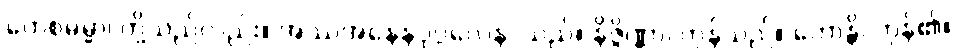
တေစဓမ္မာ၊ တို့သည်လည်း။ အဿအနေနပုဂ္ဂလေန၊ သည်။ နိဇ္ဇိဏ္ဏာ၊ ကုန်သည်။ ဟောန္တိ၊ ကုန်၏။